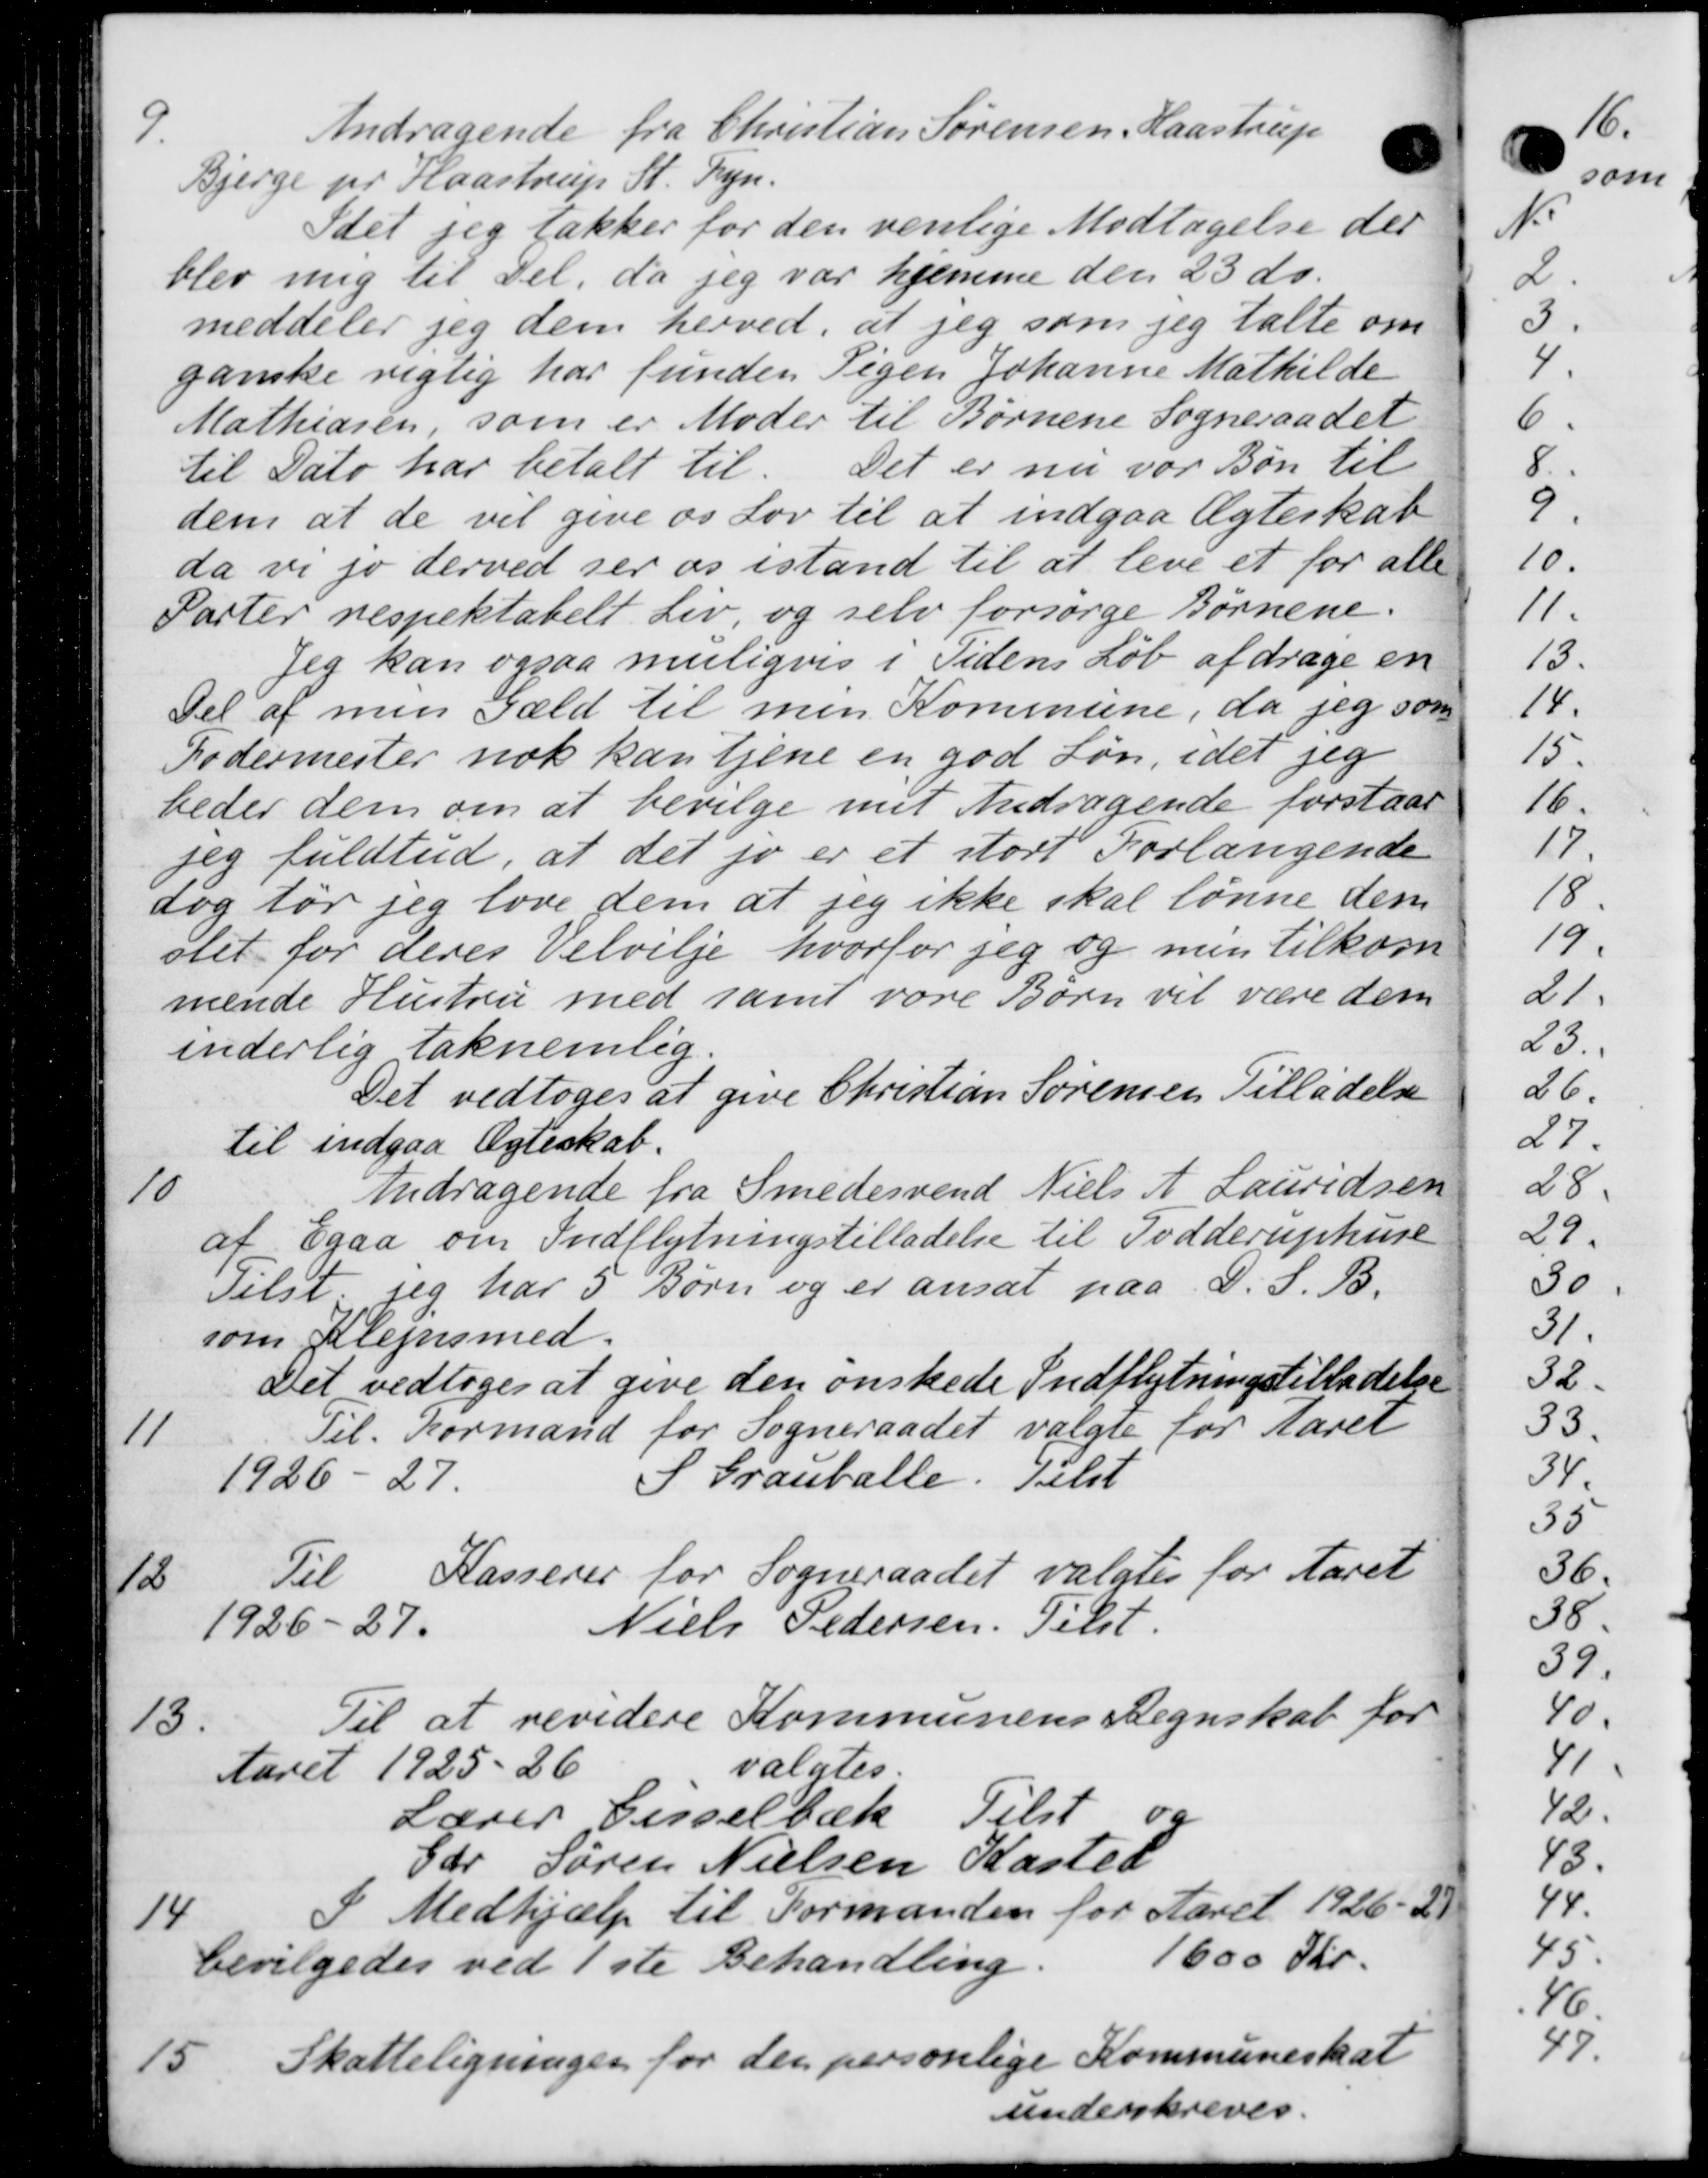
Transskription:
9.
Andragende fra Christian Sørensen, Haastrup
Bjerge pr. Flaastrup St. Fyn.
Idet jeg takker for den venlige Modtagelse der
blev mig til Del, da jeg var hjemme den 23 ds.
meddeler jeg dem herved, at jeg som jeg talte om
ganske rigtig har funder Pigen Johanne Mathilde
Mathiasen som er Moder til Børnene Sogneraadet
Det er nu var Bøn til
til Dato har betalt til
dem at de vil give os Lov til at indgaa Ægteskab
da vi jo derved ser os istand til at leve et for alle
Parter respektabelt Liv, og selv forsørge Børnene.
Jeg kan ogsaa muligvis i Tidens Løb afdrage en
Del af men Gæld til men Kommune, da jeg som
Fodermester nok kan tjene en god Løn, idet jeg
bedes dem om at bevilge mit Andragende forstaae
teg fuldtud, at det jo er et stort Forlangende
dog tør jeg love dem at jeg ikke skal lønne dem
slet for deres Velvilje hvorfor jeg og min tilkom
mende Hustru med samt vare Børn vil være dem
inderlig taknemlig.
Det vedtoges at give Christian Sørensen Tilladelse
til indgaa Ægteskab.
10
Andragende fra Smedesvend Niels A. Lauridsen
af Egaa om Indflytningstilladelse til Todderuphuse
Tilst. sig har 5 Børn og er ansat paa D. S. B.
som Rejnsmed.
Det vedtoges at give den ønskede Indflytningstilladelse
11
Til Formand for Sogneraadet valgte for Aaret
1926-27.
S Grauballe. Tilst
Til Kasserer for Sogneraadet valgtes for Aaret
12
Niels Pedersen. Tilst.
1926-27.
13.
Til at revidere Kommunens Regnskab for
Aaret 1925-26
valgtes.
Lærer Gisselbæk Tilst og
Gdr Søren Nielsen Kasted
14
I Medhjælp til Formanden for Aaret 1926-21
bevilgedes ved 1ste Behandling.
1600 Kr.
15
Skatteligninger for den personlige Kommuneskat
underskreves.